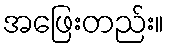
အဖြေးတည်း။